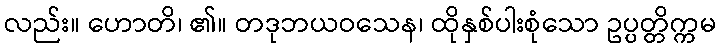
လည်း။ ဟောတိ၊ ၏။ တဒုဘယဝသေန၊ ထိုနှစ်ပါးစုံသော ဥပ္ပတ္တိက္ကမ